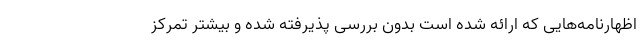
اظهارنامه‌هایی که ارائه شده است بدون بررسی پذیرفته شده و بیشتر تمرکز